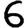
Digit: 6